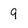
Character: 9